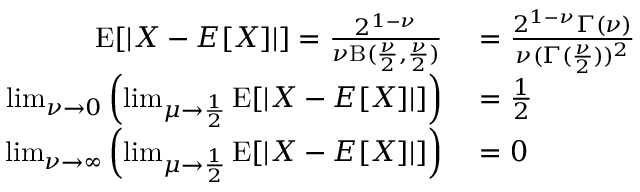
\begin{array} { r l } { \operatorname { E } [ | X - E [ X ] | ] = { \frac { 2 ^ { 1 - \nu } } { \nu \mathrm { B } ( { \frac { \nu } { 2 } } , { \frac { \nu } { 2 } } ) } } } & { { } = { \frac { 2 ^ { 1 - \nu } \Gamma ( \nu ) } { \nu ( \Gamma ( { \frac { \nu } { 2 } } ) ) ^ { 2 } } } } \\ { \operatorname* { l i m } _ { \nu \to 0 } \left( \operatorname* { l i m } _ { \mu \to { \frac { 1 } { 2 } } } \operatorname { E } [ | X - E [ X ] | ] \right) } & { { } = { \frac { 1 } { 2 } } } \\ { \operatorname* { l i m } _ { \nu \to \infty } \left( \operatorname* { l i m } _ { \mu \to { \frac { 1 } { 2 } } } \operatorname { E } [ | X - E [ X ] | ] \right) } & { { } = 0 } \end{array}